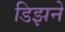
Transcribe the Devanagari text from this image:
डिझने